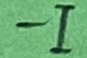
Text: -I